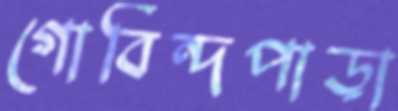
গোবিন্দপাড়া